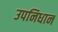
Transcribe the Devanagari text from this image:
उपनिधान